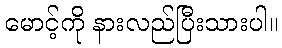
မောင့်ကို နားလည်ပြီးသားပါ။